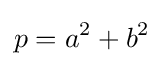
p=a^{2}+b^{2}